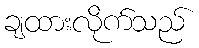
ချထားလိုက်သည်